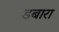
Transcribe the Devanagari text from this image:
डबारा